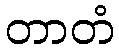
တာတံ